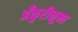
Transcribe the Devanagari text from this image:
अँकुरीनुमा